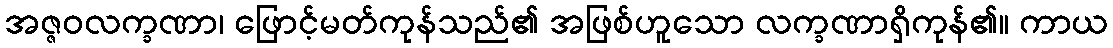
အဇ္ဇဝလက္ခဏာ၊ ဖြောင့်မတ်ကုန်သည်၏ အဖြစ်ဟူသော လက္ခဏာရှိကုန်၏။ ကာယ